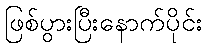
ဖြစ်ပွားပြီးနောက်ပိုင်း